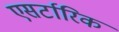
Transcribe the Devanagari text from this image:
एसर्टारिक